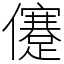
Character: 𠐻